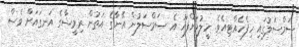
ސަމްސަލުގައި ހިފެހެއްޓިއެވެ. ހީލުމަށްފަހު އެ ސަމްސަލުން އޭނާގެ އަތުން ރިމީޝާގެ އަނގައަށް ވެސް